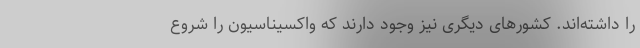
را داشته‌اند. کشورهای دیگری نیز وجود دارند که واکسیناسیون را شروع